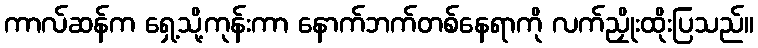
ကာလ်ဆန်က ရှေ့သို့ကုန်းကာ နောက်ဘက်တစ်နေရာကို လက်ညှိုးထိုးပြသည်။